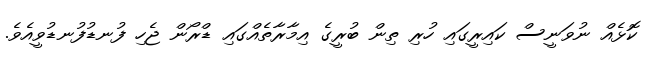
ކޮޅެއް ނުވަނީސް ކައިރީގައި ހުރި ތިން ބުރީގެ އިމާރާތެެއްގައި ޑްރޯން ޖެހި ފުނޑުފުނޑުވީއެވެ.